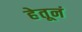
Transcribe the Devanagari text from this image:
हेतूनं